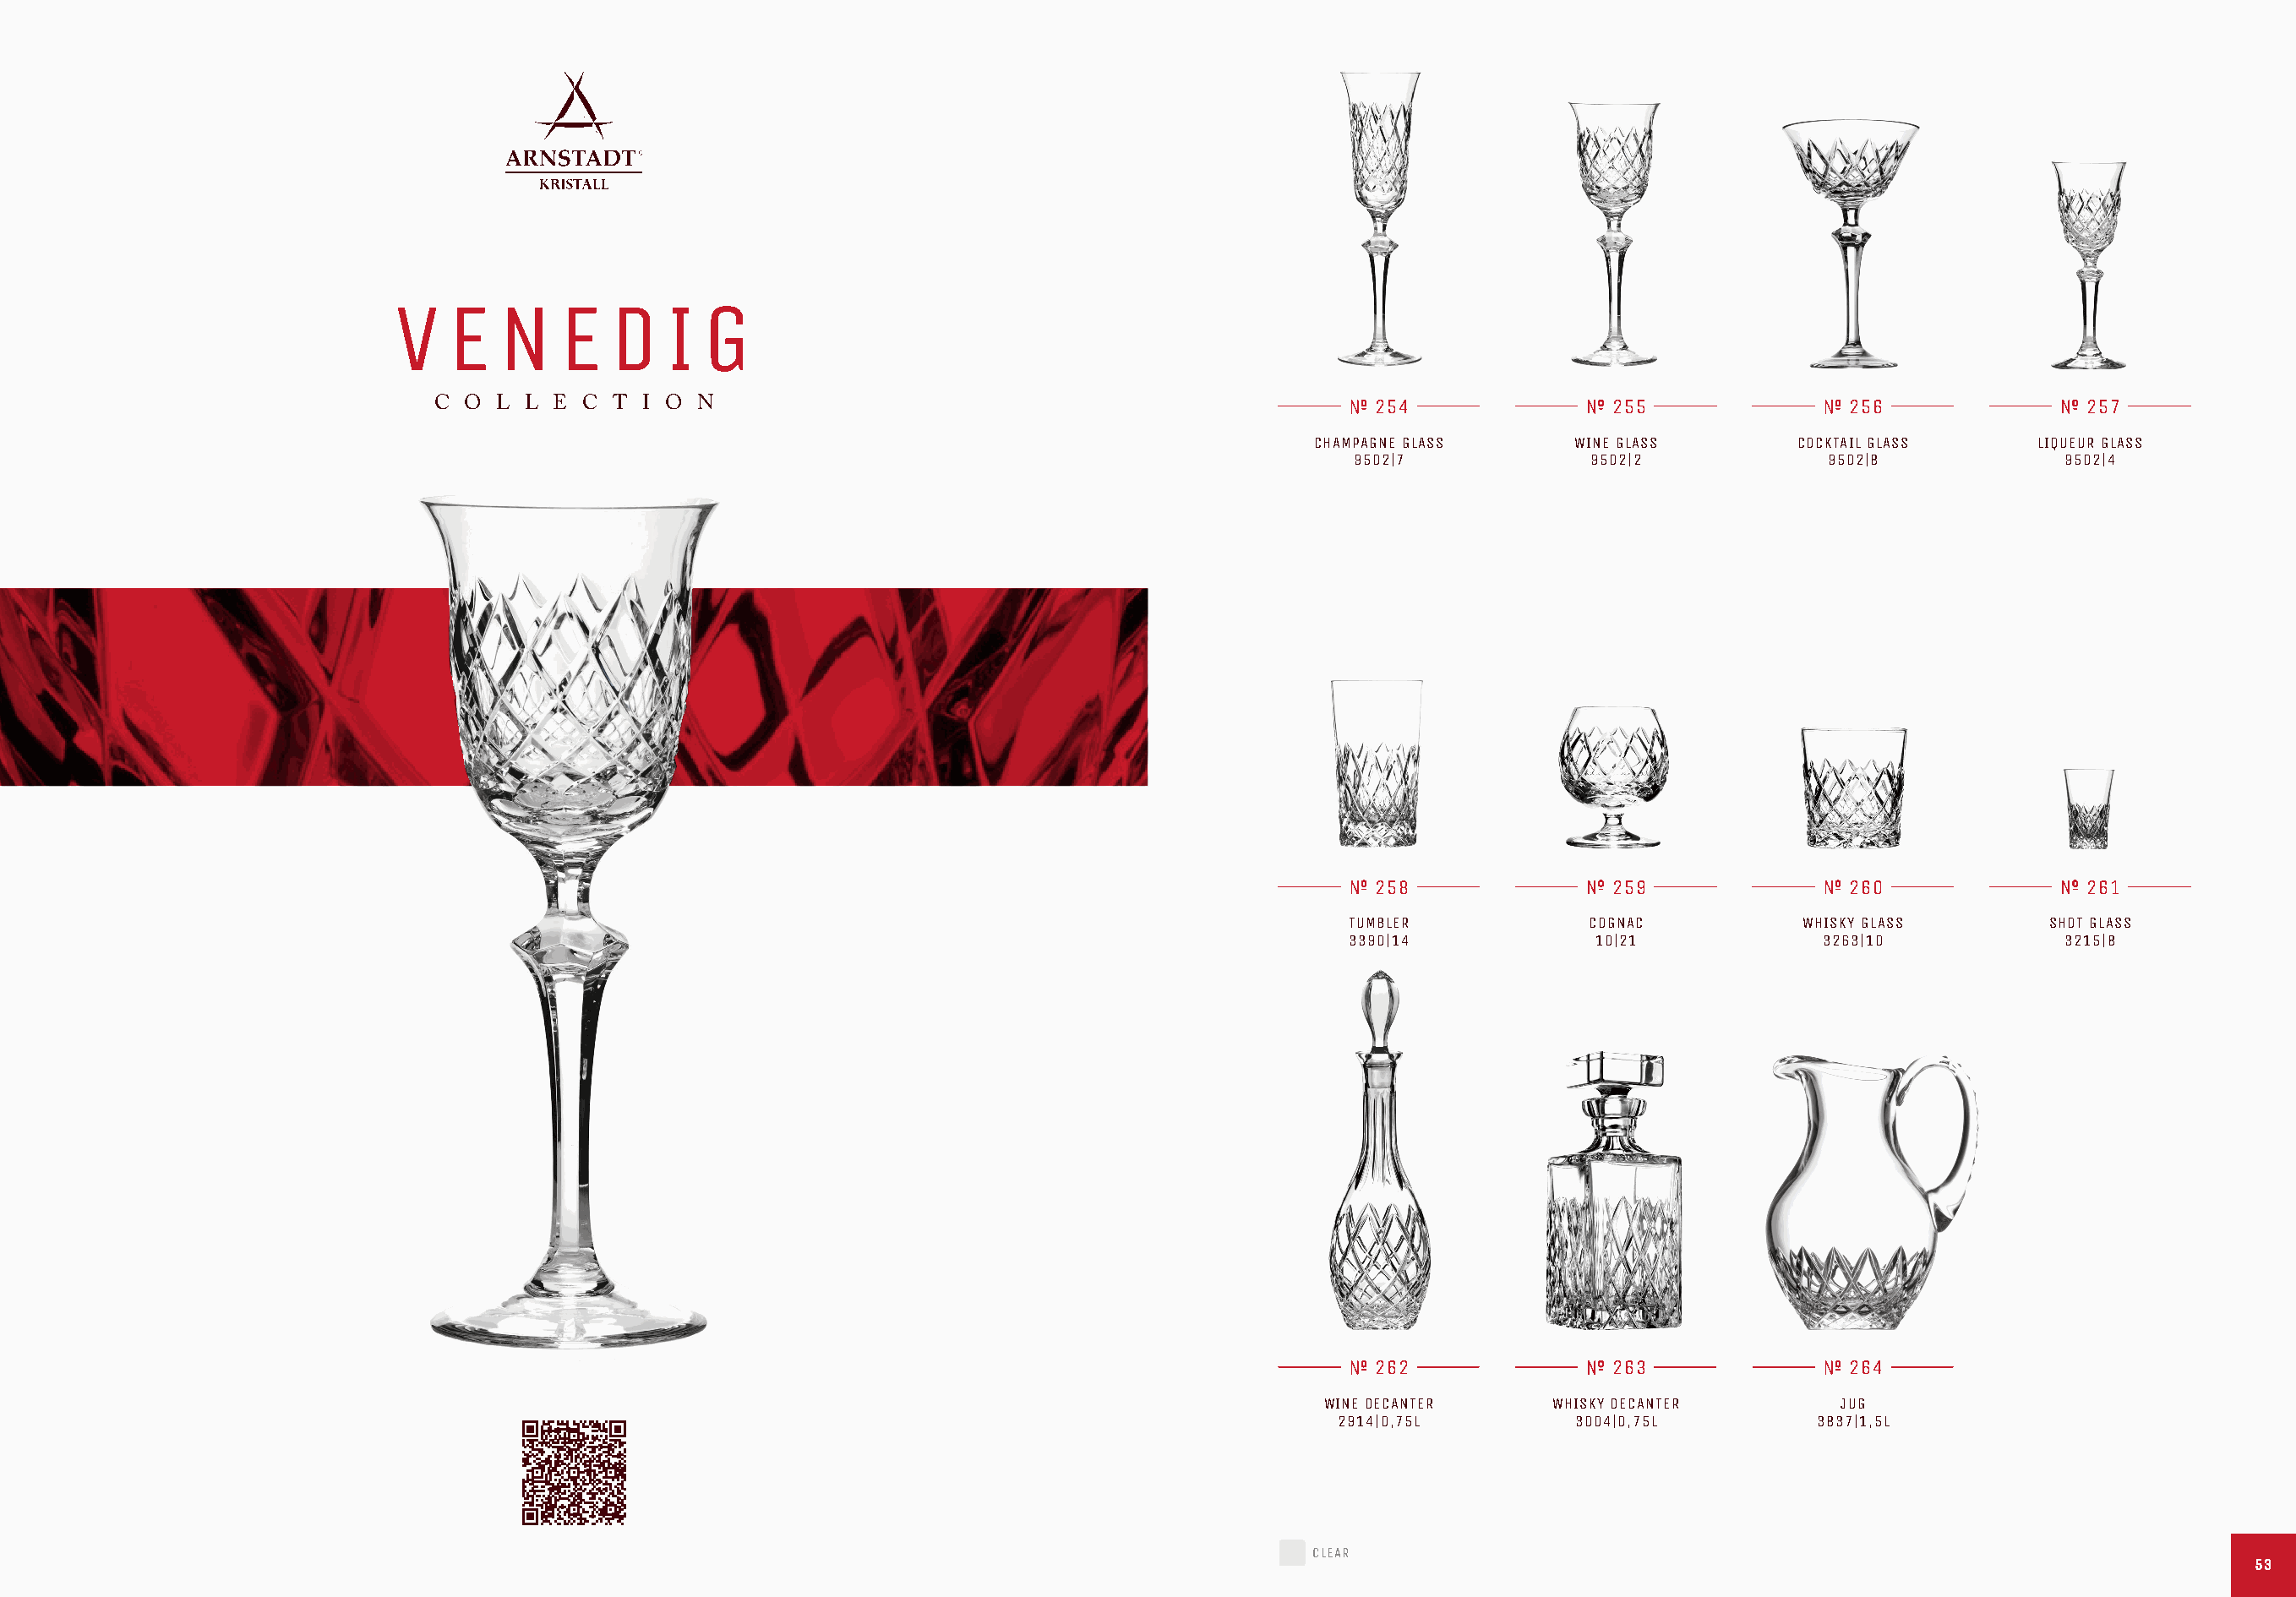
V   E   N    E   D   I  G
 C O  L L E  C T I O  N                                                    254               255                256               257
 CHAMPAGNE GLASS     WINE GLASS        COCKTAIL GLASS     LIQUEUR GLASS
 9502|7             9502|2            9502|8             9502|4
 258               259                260               261
 TUMBLER           COGNAC           WHISKY GLASS        SHOT GLASS
 3390|14            10|21             3263|10            3215|8
 262               263                264
 WINE DECANTER     WHISKY DECANTER       JUG
 2914|0,75L        3004|0,75L         3837|1,5L
 CLEAR
 5533